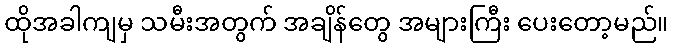
ထိုအခါကျမှ သမီးအတွက် အချိန်တွေ အများကြီး ပေးတော့မည်။